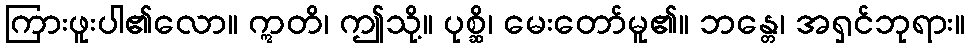
ကြားဖူးပါ၏လော။ ဣတိ၊ ဤသို့။ ပုစ္ဆိ၊ မေးတော်မူ၏။ ဘန္တေ၊ အရှင်ဘုရား။